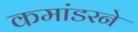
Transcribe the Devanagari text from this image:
कमांडरने